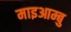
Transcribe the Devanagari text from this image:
माइआम्बु